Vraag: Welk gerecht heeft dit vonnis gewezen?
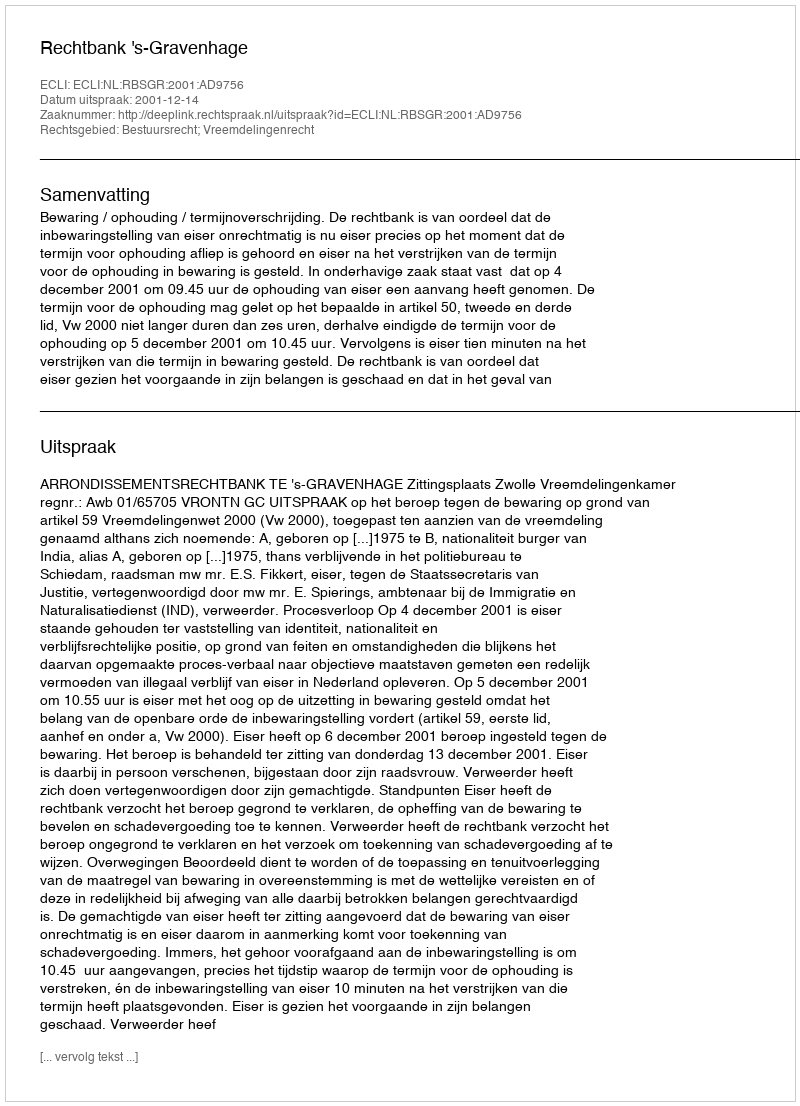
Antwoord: Rechtbank 's-Gravenhage